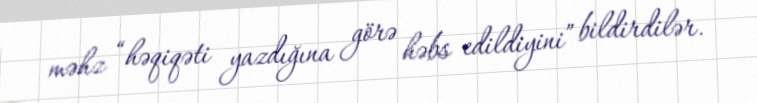
məhz “həqiqəti yazdığına görə həbs edildiyini” bildirdilər.